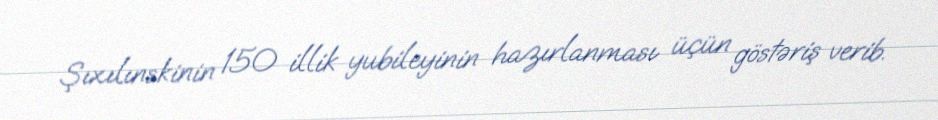
Şıxılınskinin 150 illik yubileyinin hazırlanması üçün göstəriş verib.